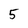
Character: 5